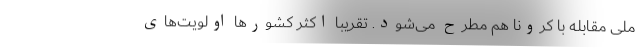
ملی مقابله با کرونا هم مطرح می‌شود. تقریبا اکثر کشورها اولویت‌های